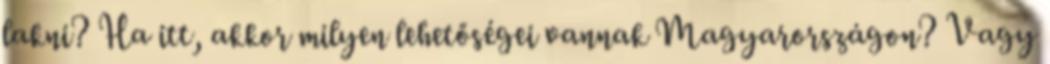
lakni? Ha itt, akkor milyen lehetőségei vannak Magyarországon? Vagy